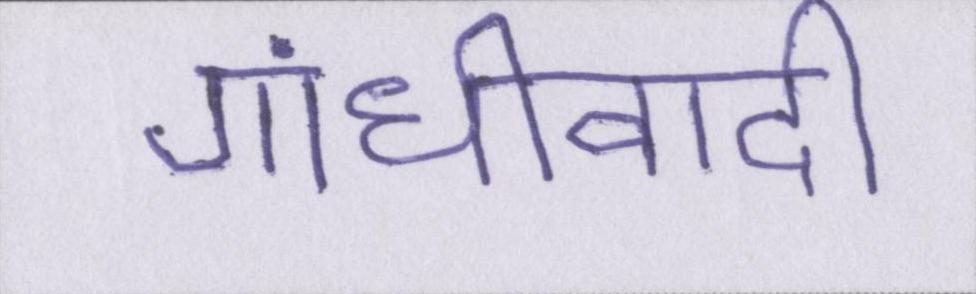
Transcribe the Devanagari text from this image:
गांधीवादी